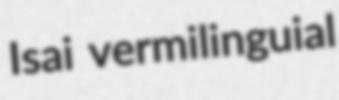
Isai vermilinguial